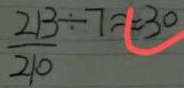
\frac { 2 1 3 } { 2 1 0 } \div 7 \approx 3 0